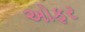
અોફર